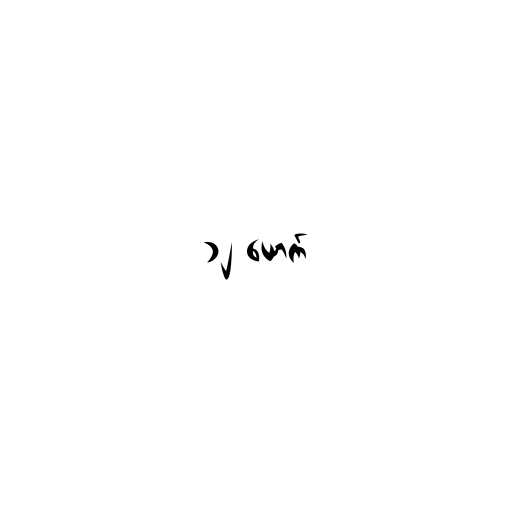
၁၂ ယောက်